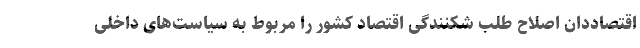
اقتصاددان اصلاح طلب شکنندگی اقتصاد کشور را مربوط به سیاست‌های داخلی